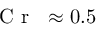
\mathrm { ~ \textit ~ { ~ C ~ r ~ } ~ } { } \approx 0 . 5